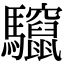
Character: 𮪠